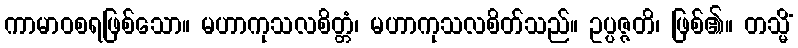
ကာမာဝစရဖြစ်သော။ မဟာကုသလစိတ္တံ၊ မဟာကုသလစိတ်သည်။ ဥပ္ပဇ္ဇတိ၊ ဖြစ်၏။ တသ္မိံ